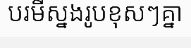
បរមីស្នងរូបខុសៗគ្នា